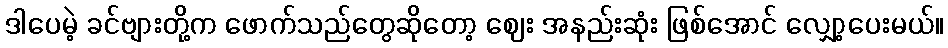
ဒါပေမဲ့ ခင်ဗျားတို့က ဖောက်သည်တွေဆိုတော့ ဈေး အနည်းဆုံး ဖြစ်အောင် လျှော့ပေးမယ်။